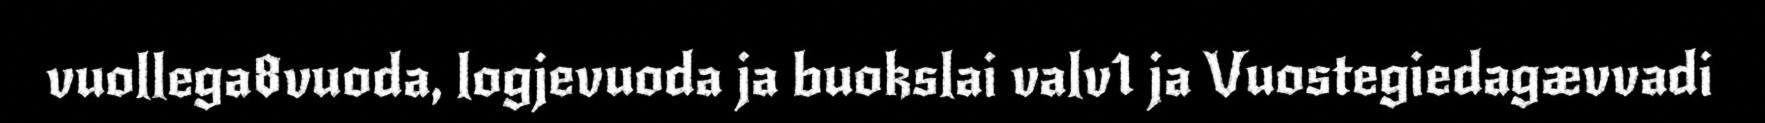
vuollega8vuoda, logjevuoda ja buokslai valv1 ja Vuostegiedagævvadi